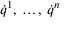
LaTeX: \displaystyle { \dot { q } } ^ { 1 } , \, \ldots , \, { \dot { q } } ^ { n }